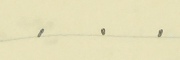
.    .    .